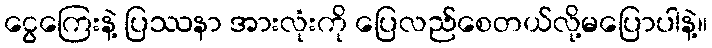
ငွေကြေးနဲ့ ပြဿနာ အားလုံးကို ပြေလည်စေတယ်လို့မပြောပါနဲ့။